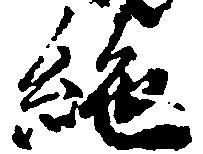
絶